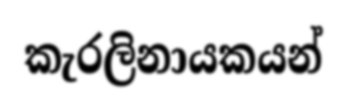
කැරලිනායකයන්